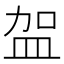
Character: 𭽿